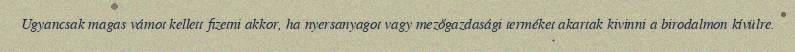
Ugyancsak magas vámot kellett fizetni akkor, ha nyersanyagot vagy mezőgazdasági terméket akartak kivinni a birodalmon kívülre.